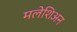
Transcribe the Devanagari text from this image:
मलेशिअन